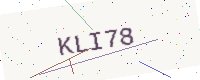
Text: KLI78